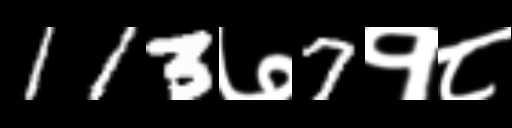
Text: 113७7१८